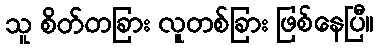
သူ စိတ်တခြား လူတစ်ခြား ဖြစ်နေပြီ။